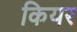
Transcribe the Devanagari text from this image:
कियर